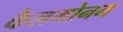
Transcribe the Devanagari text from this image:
कैलगोनम